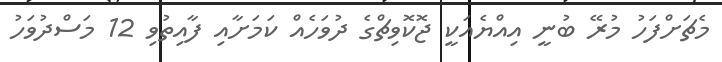
މެޗަށްފަހު މުރޭ ބުނީ އިއްޔެއަކީ ޖޮކޮވިޗްގެ ދުވަހެއް ކަމަށާއި ފާއިތުވި 12 މަސްދުވަހު